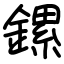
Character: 鏍